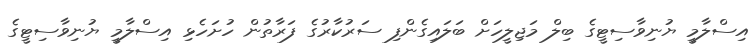
އިސްލާމީ ޔުނިވާސިޓީގެ ބިލް މަޖިލީހަށް ބަލައިގެންފި ސަރުކާރުގެ ފަރާތުން ހުށަހެޅި އިސްލާމީ ޔުނިވާސިޓީގެ